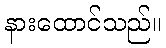
နားထောင်သည်။